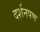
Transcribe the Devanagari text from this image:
दर्शनपण